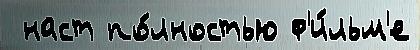
 наст по́лностью ф'и́льм'е